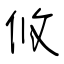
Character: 攸